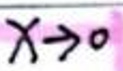
$x \to 0$